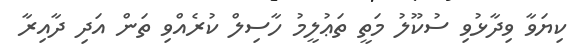
ކިޔަވާ ވިދާޅުވި ސުކޫލު މަތީ ތަޢުލީމު ހާސިލް ކުރެއްވި ތަން އަދި ދާއިރާ